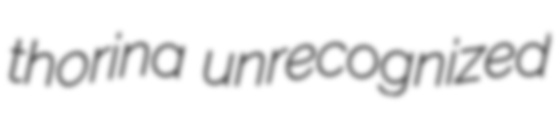
thorina unrecognized